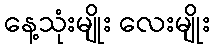
နေ့သုံးမျိုး လေးမျိုး